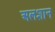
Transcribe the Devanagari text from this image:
अलशान